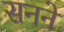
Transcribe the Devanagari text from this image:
सनने